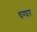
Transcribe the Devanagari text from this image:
धग्घर